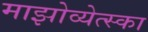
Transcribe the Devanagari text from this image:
माझोव्येत्स्का